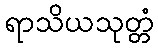
ရာသိယသုတ္တံ